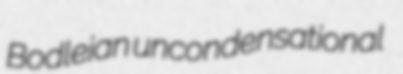
Bodleian uncondensational